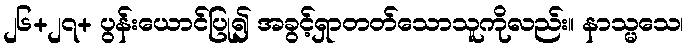
၂၆+၂၇+ ပွန်းယောင်ပြု၍ အခွင့်ရှာတတ်သောသူကိုလည်း။ နာသ္မသေ၊